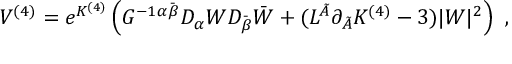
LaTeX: V ^ { ( 4 ) } = e ^ { K ^ { ( 4 ) } } \left( G ^ { - 1 \alpha \bar { \beta } } D _ { \alpha } W D _ { \bar { \beta } } \bar { W } + ( L ^ { \tilde { A } } \partial _ { \tilde { A } } K ^ { ( 4 ) } - 3 ) | W | ^ { 2 } \right) \ ,